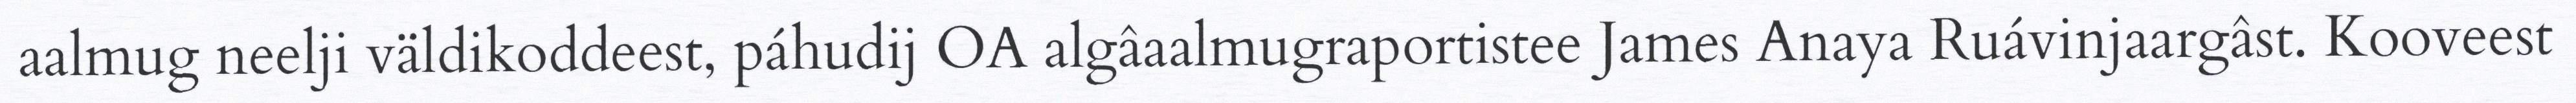
aalmug neelji väldikoddeest, páhudij OA algâaalmugraportistee James Anaya Ruávinjaargâst. Kooveest